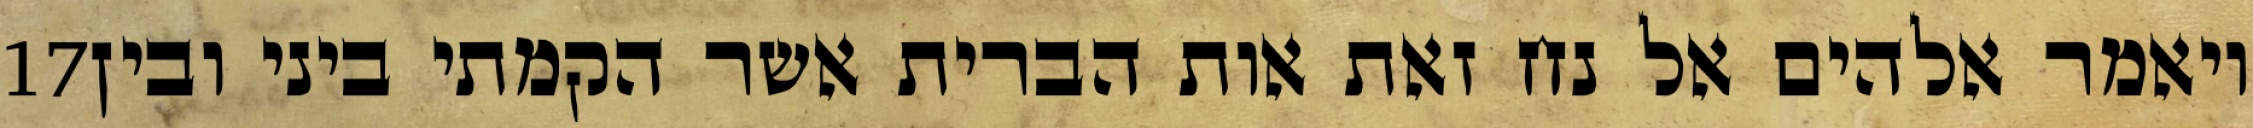
‎17‏ ויאמר אלהים אל נח זאת אות הברית אשר הקמתי ביני ובין